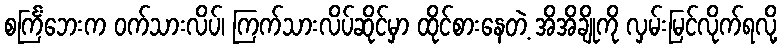
စင်္ကြံဘေးက ဝက်သားလိပ်၊ ကြက်သားလိပ်ဆိုင်မှာ ထိုင်စားနေတဲ့ အိအိချိုကို လှမ်းမြင်လိုက်ရလို့